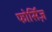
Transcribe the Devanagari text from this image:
फोर्सिज़